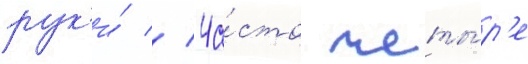
рук'и́ // Ча́сто четы́р'е